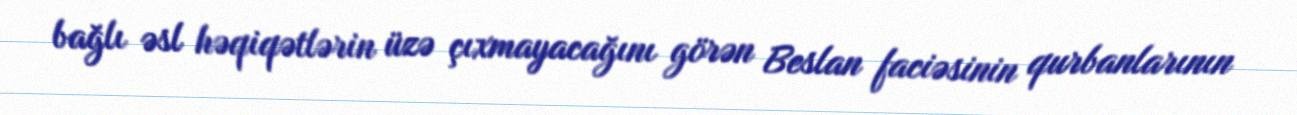
bağlı əsl həqiqətlərin üzə çıxmayacağını görən Beslan faciəsinin qurbanlarının